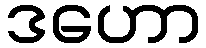
ဒဟော